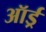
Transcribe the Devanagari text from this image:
ऑर्ड्र